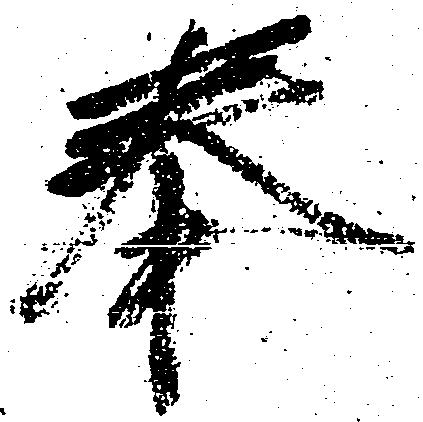
奉